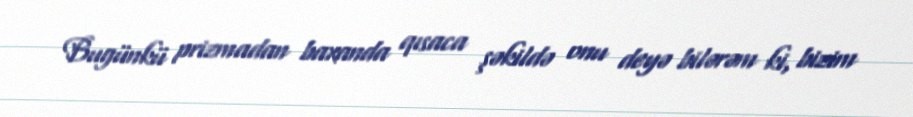
Bugünkü prizmadan baxanda qısaca şəkildə onu deyə bilərəm ki, bizim